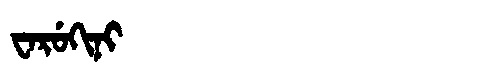
Manchu: ᠸᠠᡵᡠᡴᡳᠨᡳ
Romanization: WARUKINI